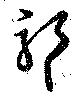
耶